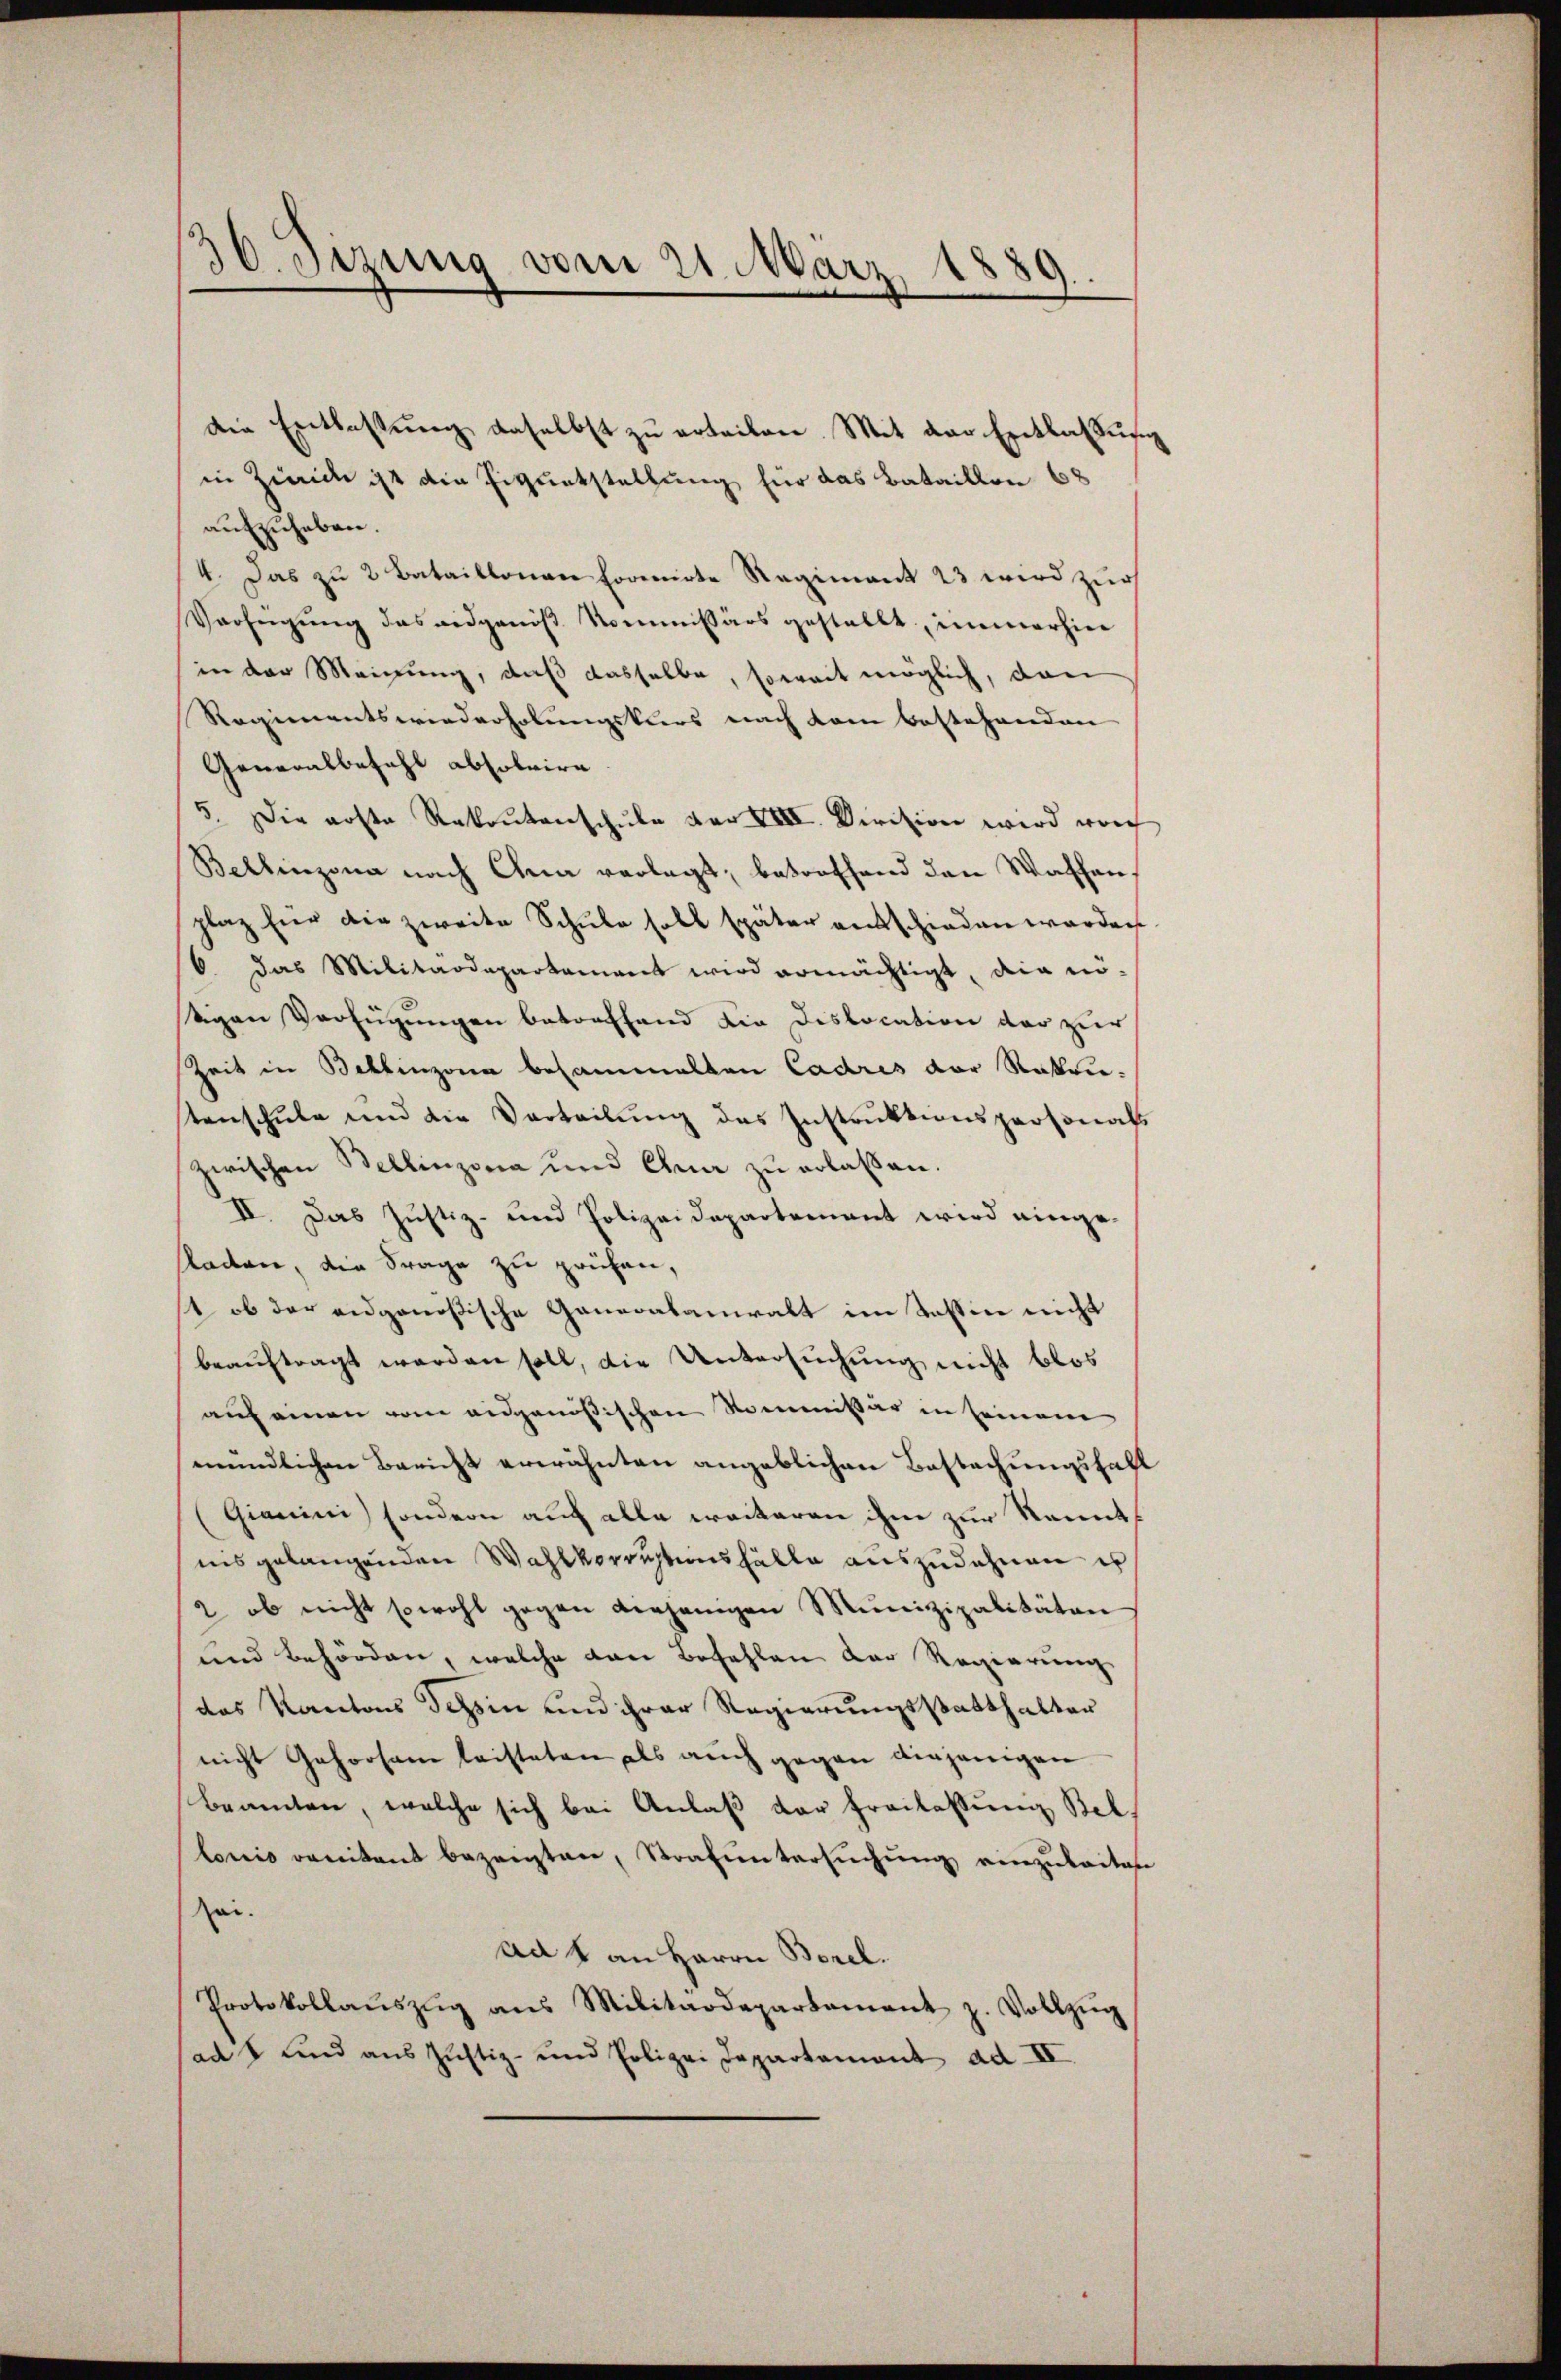
30. Sizung vom 21. März 18
89

Die Entlassung daselbst zu erteilen. Mit der Entlaßung
in Zürich ist die Figurtstellung für das Bataillon 68
aufzuheben.
4. Das zu 2 Bataillonen formirte Regiment 23 wird zur
Verfügŭng das eidgenöβ Kommissärs gestellt, immerhier
in der Meinung, daß dasselbe, soweit möglich, dan
Regimentswiederholungskurs nach kam bestehenden
Generalbefahl absolvire
5. Die arste Rekontenschŭle vor VIII. Division wird wor
Bellinzona nach Chra verlegt; betroffend den Waschen,
plaz für die zweite Schule soll später entschieden worden
6 das Militärdepartament wird ermächtigt, die inevan Verfügungen betreffend die Dislocation der zur
Zeit in Bellinzona besammelten Cadres der Ratentenschule und die Verteilung des Instruktionspersonals
zwischen Bellinzona und Chun zu erlassen.
II. Das Justiz- und Polizeidepartement wird eingesladen, die Frage zu prüfen,
1 ob der eidgenößische Generalanwalt im Tessin nicht
beauftragt worden soll, die Untersuchung nicht blos
auf einen vom eidgenößischen Kommissär in seinem
mündlichen Bericht erwähnten angeblichen Bestachungsfall
Gianini sondern auf alle weiteren ihm zur Renntnis gelangenden Wahlvorruhtens fälle auszudehnen is
2 ob nicht sowohl gegen diejenigen Munizipalitäten
und Behörden, welche von Befehlen der Regierung
das Kantons Tessin und ihrer Regierungsstatthalter
nicht Gehorsam leisteten als auch gegen diejenigen
Beamten, welche sich bei Anlaß der Freilassung Bel
lonis veritant bezeigten, Strafuntersŭchŭng einzuleiten
Zei.
ad 1 an Herrn Borel.
Protokollaŭszŭg ans Militärdepartement z. Vollzŭg
sads und aus Justiz- und Polizei Departament ad II.